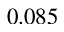
0 . 0 8 5